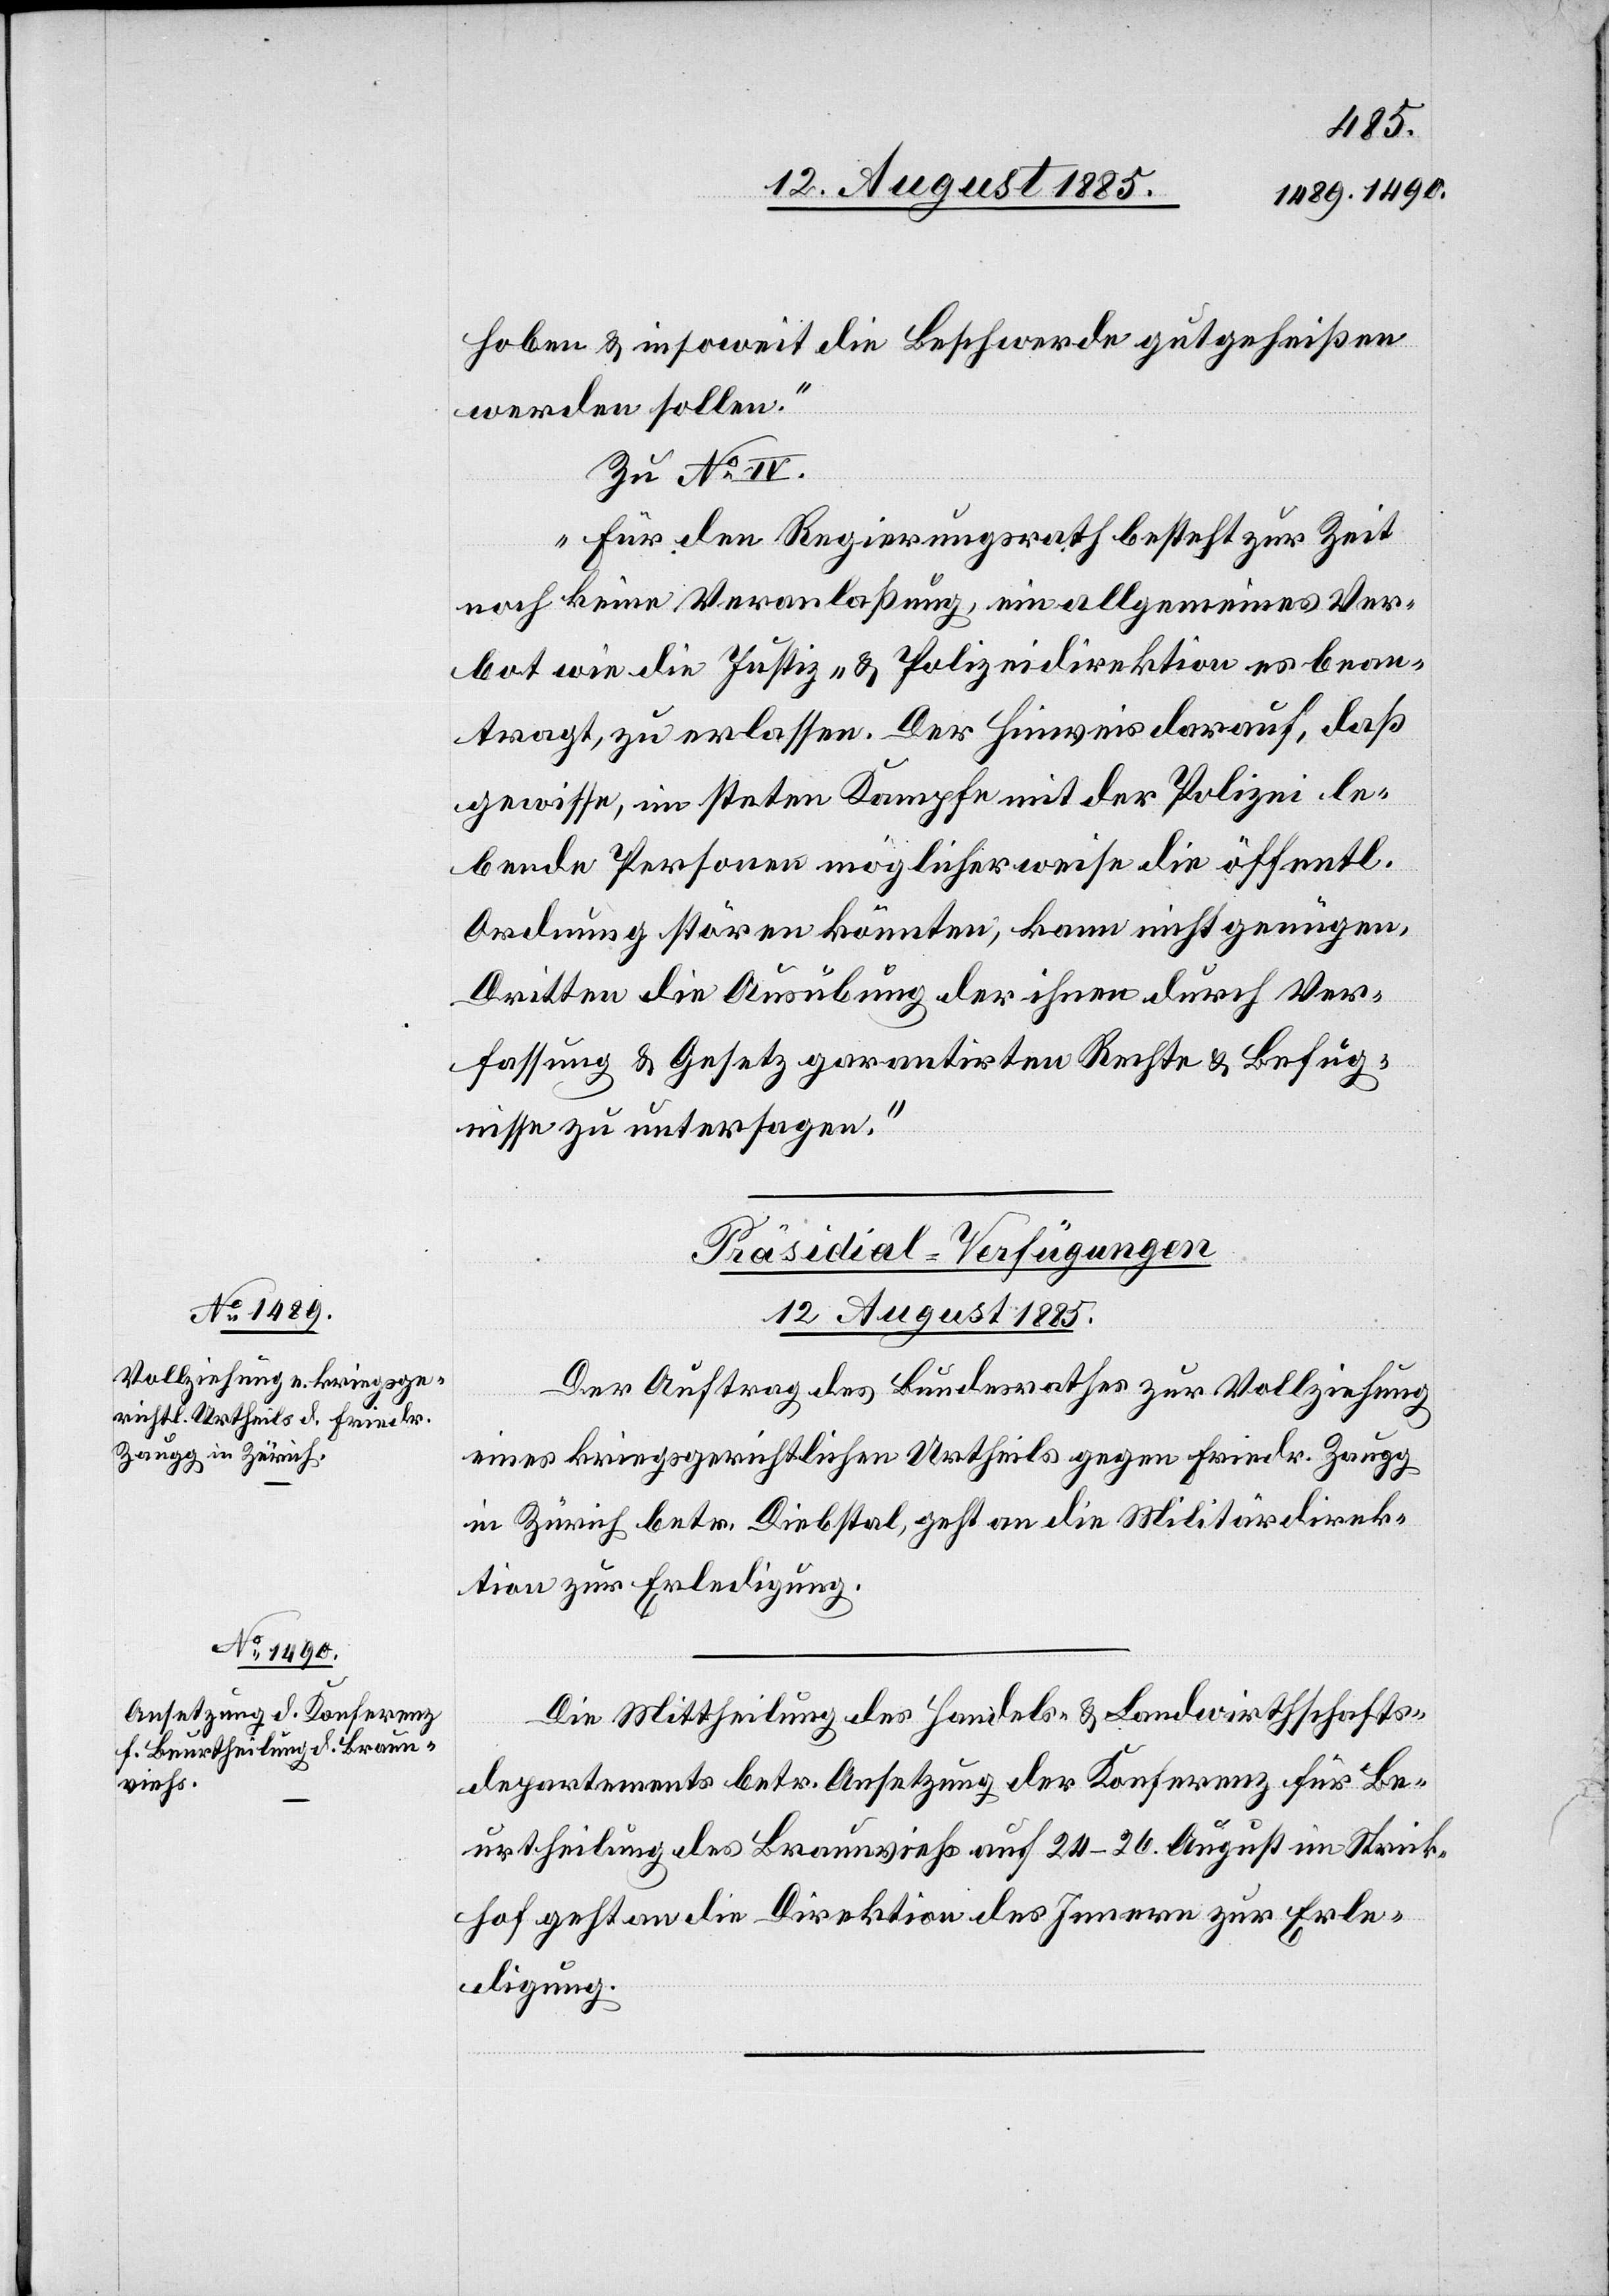
[Präsidial-Verfügung
12. August 1885.]
Der Auftrag des Bundesrathes zur Vollziehung
eines kriegsgerichtlichen Urtheils gegen Friedr. Zaugg
in Zürich betr. Diebstahl, geht an die Militärdirek¬
tion zur Erledigung.
Die Mittheilung des Handels- & Landwirthschafts¬
departements betr. Ansetzung der Konferenz für Be¬
urtheilung des Braunviehs auf 24–26. August im Strick¬
hof geht an die Direktion des Innern zur Erle¬
digung.